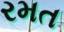
રમત